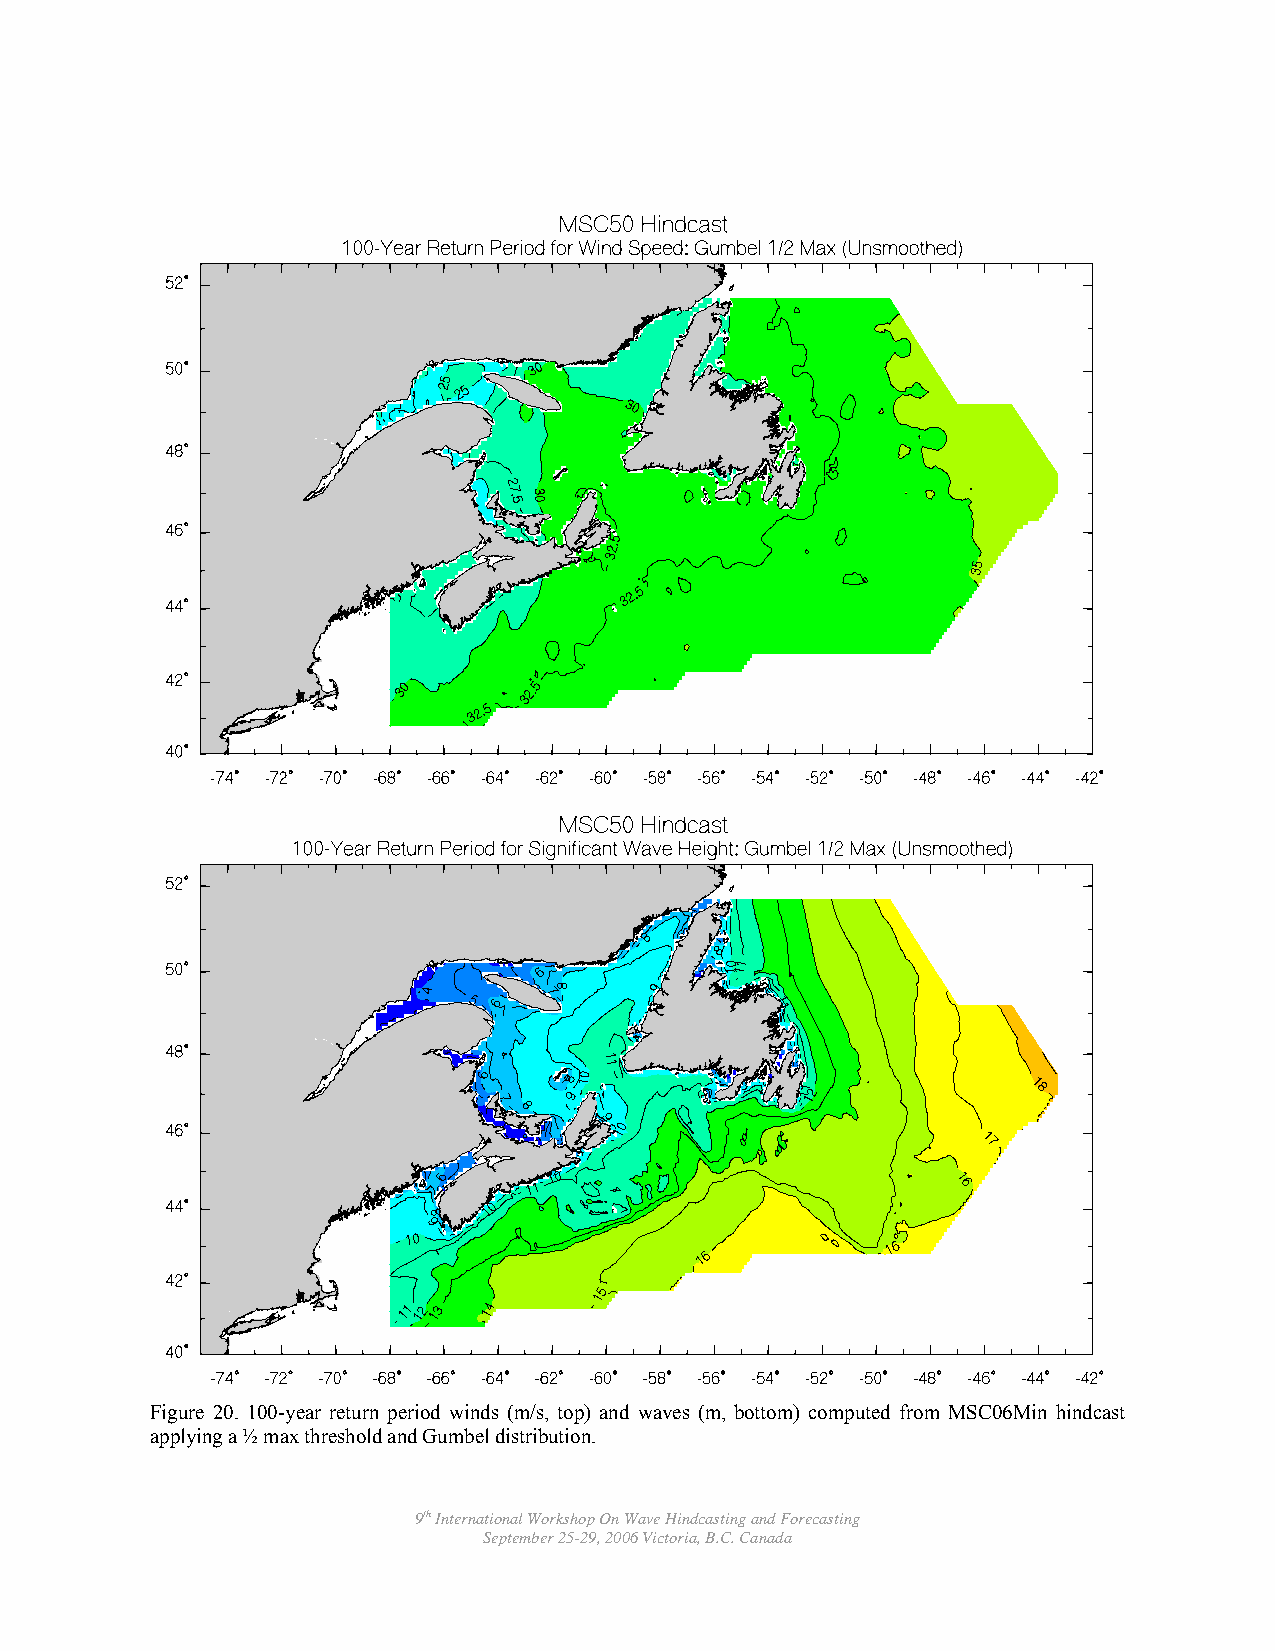
Figure 20. 100-year return period winds (m/s, top) and waves (m, bottom) computed from MSC06Min hindcast
 applying a ½ max threshold and Gumbel distribution.
 9th International Workshop On Wave Hindcasting and Forecasting
 September 25-29, 2006 Victoria, B.C. Canada